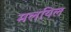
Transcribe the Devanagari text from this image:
मलयिल